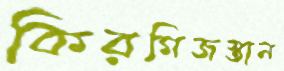
কিরগিজস্তান